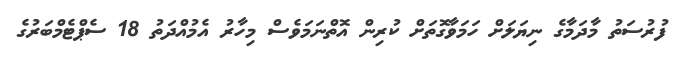
ފުރުސަތު މާދަމާގެ ނިޔަލަށް ހަމަވާގޮތަށް ކުރިން އޮތްނަމަވެސް މިހާރު އެމުއްދަތު 18 ސެޕްޓެމްބަރުގެ